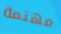
مهتمة